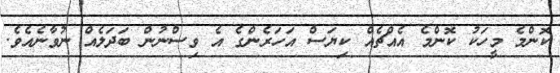
ކޮންމެ މީހަކު ކޮންމެ އެއްޗެއް ކިޔަސް އަހަރެންގެ އެ ވިސްނުން ބަދަލެއް ނުވާނެއެވެ.